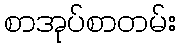
စာအုပ်စာတမ်း